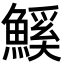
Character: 𮬊